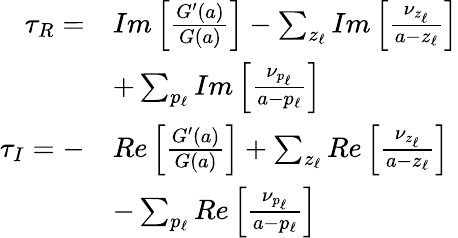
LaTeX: \begin{array}{r}{\begin{array}{rl}{\tau_{R}=}&{Im\left[\frac{G^{\prime}(a)}{G(a)}\right]-\sum_{z_{\ell}}Im\left[\frac{\nu_{z_{\ell}}}{a-z_{\ell}}\right]}\\ &{+\sum_{p_{\ell}}Im\left[\frac{\nu_{p_{\ell}}}{a-p_{\ell}}\right]}\\ {\tau_{I}=-}&{Re\left[\frac{G^{\prime}(a)}{G(a)}\right]+\sum_{z_{\ell}}Re\left[\frac{\nu_{z_{\ell}}}{a-z_{\ell}}\right]}\\ &{-\sum_{p_{\ell}}Re\left[\frac{\nu_{p_{\ell}}}{a-p_{\ell}}\right]}\end{array}}\end{array}